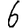
Digit: 6